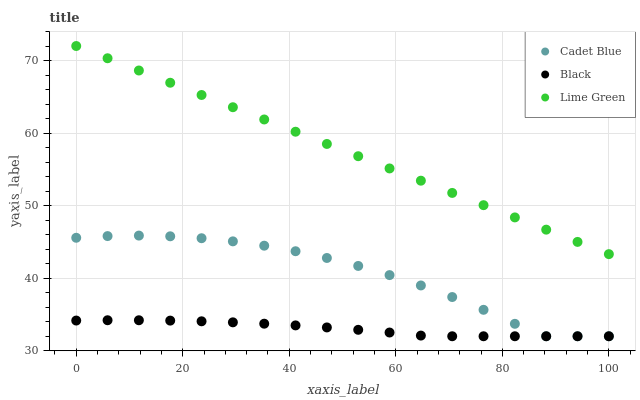
| xaxis_label | Cadet Blue | Black | Lime Green |
 | --- | --- | --- | --- |
 | 0 | 45.6 | 34.2 | 72 |
 | 5.88 | 45.8 | 34.2 | 70.3 |
 | 11.8 | 45.9 | 34.2 | 68.6 |
 | 17.6 | 45.8 | 34.2 | 66.9 |
 | 23.5 | 45.5 | 34.1 | 65.3 |
 | 29.4 | 45.1 | 33.9 | 63.6 |
 | 35.3 | 44.5 | 33.7 | 61.9 |
 | 41.2 | 43.7 | 33.5 | 60.2 |
 | 47.1 | 42.8 | 33.2 | 58.5 |
 | 52.9 | 41.7 | 32.9 | 56.8 |
 | 58.8 | 40.4 | 32.5 | 55.1 |
 | 64.7 | 39 | 32.1 | 53.4 |
 | 70.6 | 37.4 | 32 | 51.8 |
 | 76.5 | 35.6 | 32 | 50.1 |
 | 82.4 | 33.7 | 32 | 48.4 |
 | 88.2 | 32 | 32 | 46.7 |
 | 94.1 | 32 | 32 | 45 |
 | 100 | 32 | 32 | 43.3 |